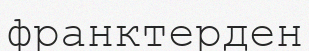
франктерден